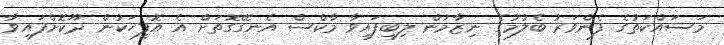
މަސައްކަތުގެ ފެންވަރު ބެލުމުގެ ނިޒާމުން ލިބިފައިވާ މާކްސް އެނގޭގޮތަށް އެ އޮފީހަކުން ދޫކޮށްފައިވާ